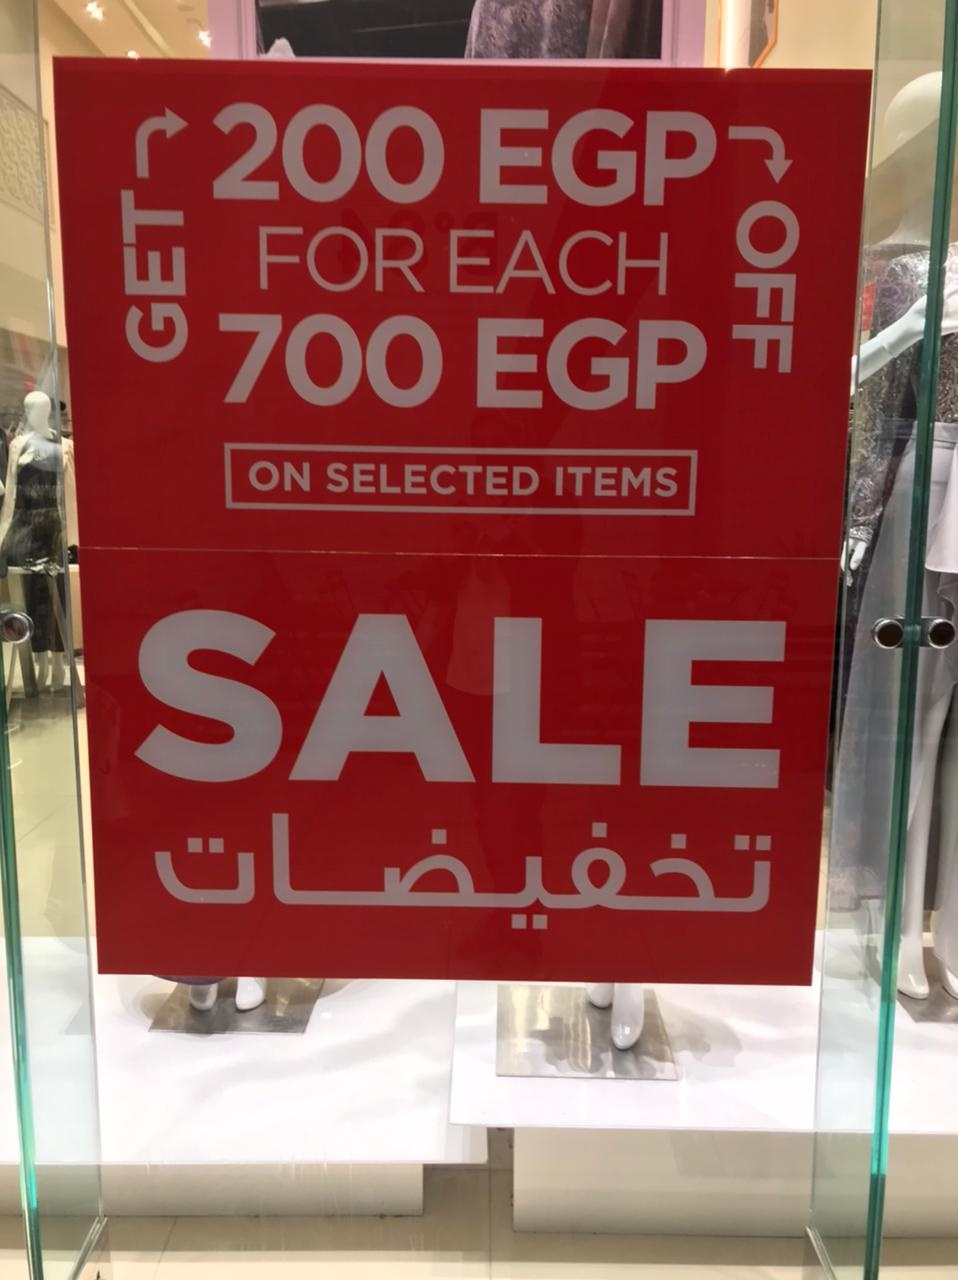
Text in image: تخفيضات 200 EGP EACH FOR GET OFF 700 EGP ON SELECTED ITEMS SALE